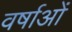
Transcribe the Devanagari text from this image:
वर्षाओं